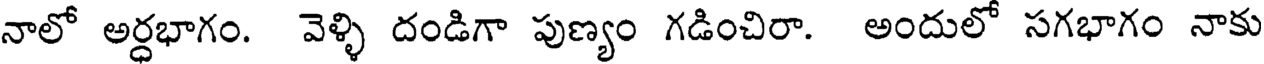
నాలో అర్ధభాగం. వెళ్ళి దండిగా పుణ్యం గడించిరా. అందులో సగభాగం నాకు